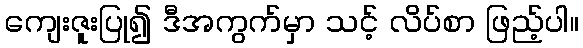
ကျေးဇူးပြု၍ ဒီအကွက်မှာ သင့် လိပ်စာ ဖြည့်ပါ။